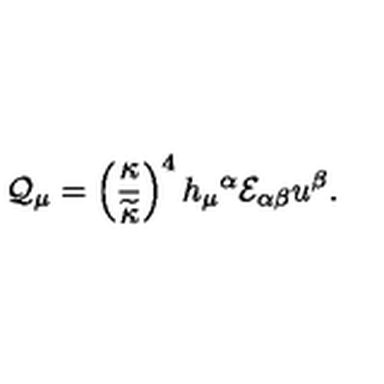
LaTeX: { \cal Q } _ { \mu } = \left( { \frac { \kappa } { \widetilde \kappa } } \right) ^ { 4 } h _ { \mu } { } ^ { \alpha } { \cal E } _ { \alpha \beta } u ^ { \beta } .